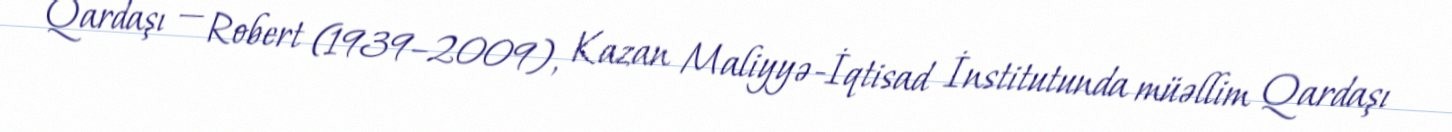
Qardaşı — Robert (1939–2009), Kazan Maliyyə-İqtisad İnstitutunda müəllim Qardaşı